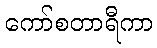
ကော်စတာရီကာ